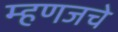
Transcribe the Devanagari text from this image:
म्हणजचे